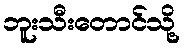
ဘူးသီးတောင်သို့